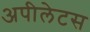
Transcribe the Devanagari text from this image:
अपीलेटस